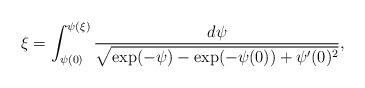
LaTeX: \begin{align*}\xi=\int_{\psi(0)}^{\psi(\xi)}\frac{d\psi}{\sqrt{\exp(-\psi)-\exp(-\psi(0))+\psi'(0)^2}},\end{align*}